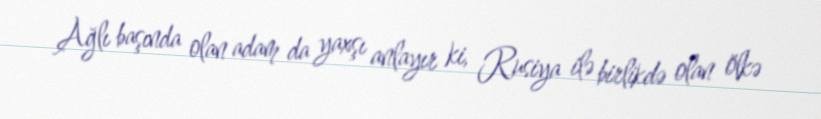
Ağlı başında olan adam da yaxşı anlayır ki, Rusiya ilə birlikdə olan ölkə